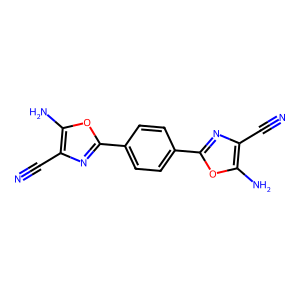
SMILES: N#Cc1nc(-c2ccc(-c3nc(C#N)c(N)o3)cc2)oc1N
Inhibits HIV replication: No